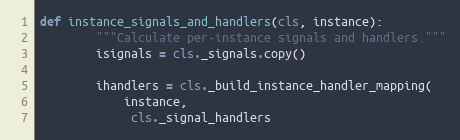
Language: Python
def instance_signals_and_handlers(cls, instance):
        """Calculate per-instance signals and handlers."""
        isignals = cls._signals.copy()

        ihandlers = cls._build_instance_handler_mapping(
            instance,
             cls._signal_handlers